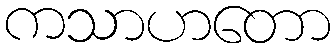
ကသာဟတော